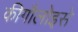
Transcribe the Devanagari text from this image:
कीगौलोइसे